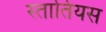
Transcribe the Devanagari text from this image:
स्तातियस